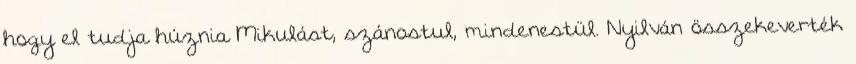
hogy el tudja húznia Mikulást, szánostul, mindenestül. Nyilván összekeverték